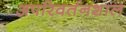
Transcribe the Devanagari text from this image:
अपरिवर्तनशाल